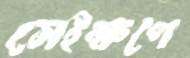
সেইক্ষণে